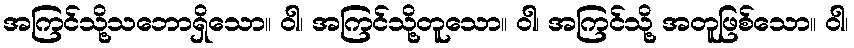
အကြင်သို့သဘောရှိသော။ ဝါ၊ အကြင်သို့တူသော။ ဝါ၊ အကြင်သို့ အတူဖြစ်သော။ ဝါ၊